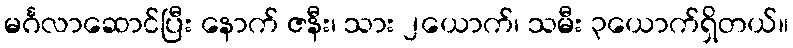
မင်္ဂလာဆောင်ပြီး နောက် ဇနီး၊ သား ၂ယောက်၊ သမီး ၃ယောက်ရှိတယ်။